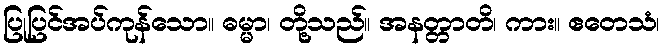
ပြုပြင်အပ်ကုန်သော။ ဓမ္မာ၊ တို့သည်။ အနတ္တာတိ၊ ကား။ ဧတေသံ၊